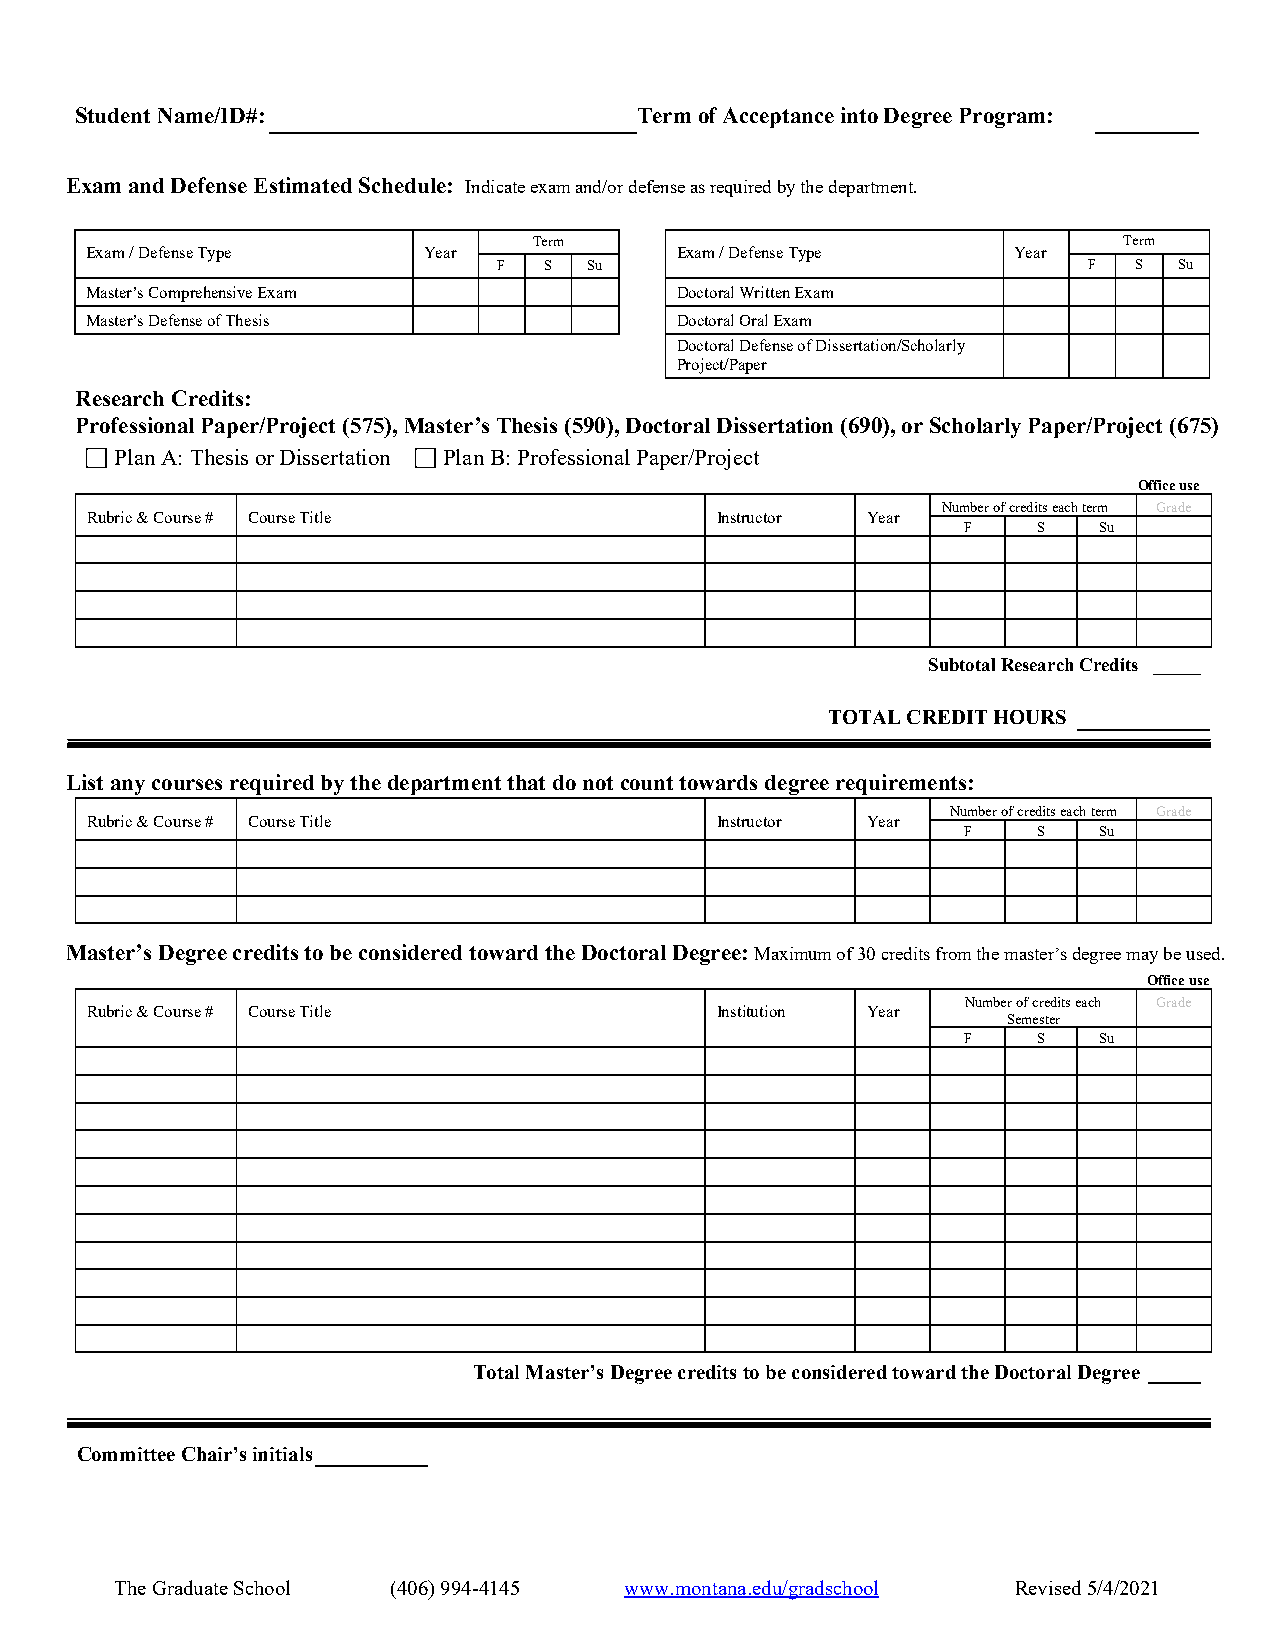
Student Name/ID#:                    Term of Acceptance into Degree Program:
 Exam and Defense Estimated Schedule: Indicate exam and/or defense as required by the department.
 Term                                   Term
 Exam / Defense Type   Year             Exam / Defense Type   Year
 F  S  Su                               F  S  Su
 Master’s Comprehensive Exam            Doctoral Written Exam
 Master’s Defense of Thesis             Doctoral Oral Exam
 Doctoral Defense of Dissertation/Scholarly
 Project/Paper
 Research Credits:
 Professional Paper/Project (575), Master’s Thesis (590), Doctoral Dissertation (690), or Scholarly Paper/Project (675)
 Plan A: Thesis or Dissertation Plan B: Professional Paper/Project
 Office use
 Number of credits each term Grade
 Rubric & Course # Course Title           Instructor Year
 F    S   Su
 Subtotal Research Credits _____
 TOTAL CREDIT HOURS
 List any courses required by the department that do not count towards degree requirements:
 Number of credits each term Grade
 Rubric & Course # Course Title           Instructor Year
 F    S   Su
 Master’s Degree credits to be considered toward the Doctoral Degree: Maximum of 30 credits from the master’s degree may be used.
 Office use
 Number of credits each Grade
 Rubric & Course # Course Title           Institution Year
 Semester
 F    S   Su
 Total Master’s Degree credits to be considered toward the Doctoral Degree _____
 Committee Chair’s initials
 The Graduate School (406) 994-4145 www.montana.edu/gradschool Revised 5/4/2021